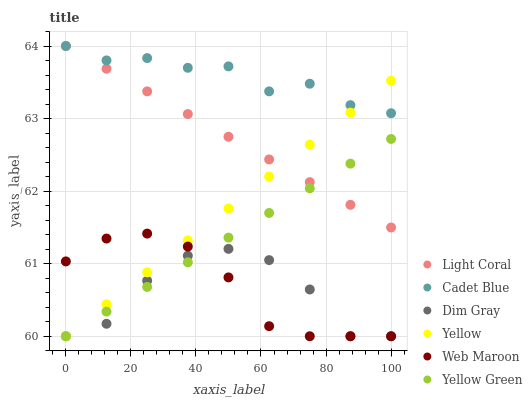
| xaxis_label | Light Coral | Cadet Blue | Dim Gray | Yellow | Web Maroon | Yellow Green |
 | --- | --- | --- | --- | --- | --- | --- |
 | 0 | 64 | 64 | 60 | 60 | 61 | 60 |
 | 12.5 | 63.7 | 63.8 | 60.2 | 60.4 | 61.3 | 60.3 |
 | 25 | 63.4 | 63.8 | 60.8 | 60.9 | 61.4 | 60.7 |
 | 37.5 | 63.1 | 63.7 | 61.1 | 61.3 | 61.2 | 61 |
 | 50 | 62.7 | 63.7 | 61.2 | 61.8 | 60.8 | 61.4 |
 | 62.5 | 62.4 | 63.4 | 61 | 62.2 | 60.1 | 61.7 |
 | 75 | 62.1 | 63.5 | 60.6 | 62.6 | 60 | 62 |
 | 87.5 | 61.8 | 63.2 | 60 | 63.1 | 60 | 62.4 |
 | 100 | 61.5 | 63.1 | 60 | 63.5 | 60 | 62.7 |